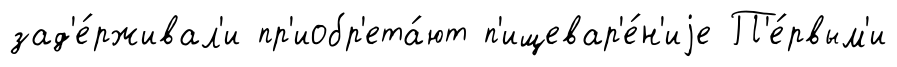
зад'е́рживал'и пр'иобр'ета́ют п'ищевар'е́н'иjе П'е́рвым'и